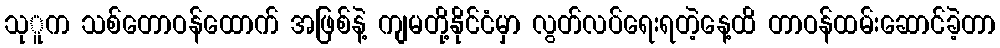
သုူက သစ်တောဝန်ထောက် အဖြစ်နဲ့ ကျမတို့နိုင်ငံမှာ လွတ်လပ်ရေးရတဲ့နေ့ထိ တာဝန်ထမ်းဆောင်ခဲ့တာ